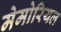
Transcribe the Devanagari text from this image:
मेमोरियल